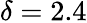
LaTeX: \delta=2.4